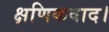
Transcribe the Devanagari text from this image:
क्षणिकवाद।